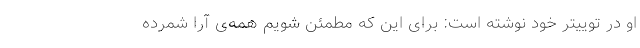
او در توییتر خود نوشته است: برای این که مطمئن شویم همه‌ی آرا شمرده